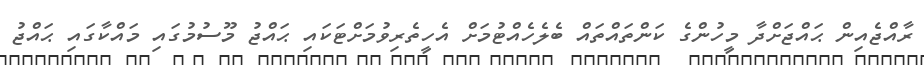
ރާއްޖެއިން ޙައްޖަށްދާ މީހުންގެ ކަންތައްތައް ބެލެހެއްޓުމަށް އެހީތެރިވުމަށްޓަކައި ޙައްޖު މޫސުމުގައި މައްކާގައި ޙައްޖު